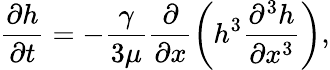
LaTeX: \frac{\partial h}{\partial t}=-\frac{\gamma}{3\mu}\frac{\partial}{\partial x}\left(h^{3}\frac{\partial^{3}h}{\partial x^{3}}\right),